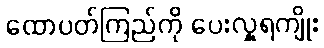
ထောပတ်ကြည်ကို ပေးလှူရကျိုး